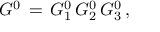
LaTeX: G ^ { 0 } \, = \, G _ { 1 } ^ { 0 } \, G _ { 2 } ^ { 0 } \, G _ { 3 } ^ { 0 } \, ,